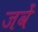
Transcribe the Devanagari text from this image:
जवें